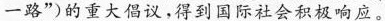
一路”)的重大倡议，得到国际社会积极响应。